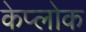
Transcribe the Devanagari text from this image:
केप्लोक